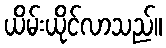
ယိမ်းယိုင်လာသည်။